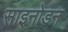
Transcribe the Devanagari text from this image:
साइनोडन